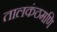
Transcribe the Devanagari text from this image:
तालकंठमणि